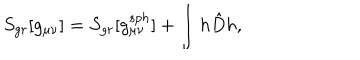
S _ { g r } [ g _ { \mu \nu } ] = S _ { g r } [ g _ { \mu \nu } ^ { s p h } ] + \int h \hat { D } h ,